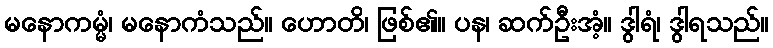
မနောကမ္မံ၊ မနောကံသည်။ ဟောတိ၊ ဖြစ်၏။ ပန၊ ဆက်ဦးအံ့။ ဒွါရံ၊ ဒွါရသည်။